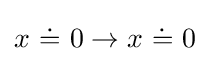
x\ {\dot {=}}\ 0\rightarrow x\ {\dot {=}}\ 0